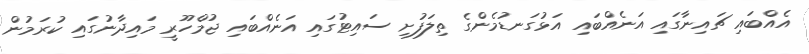
އެއްބައި ޗައިނާގައި އަނެއްބައި އަޅުގަނޑުމެންގެ ތިލަފުށި ސައިޓުގައި އަނެއްބައި ޖުމްހޫރީ މައިދާނުގައި ކުރަމުން